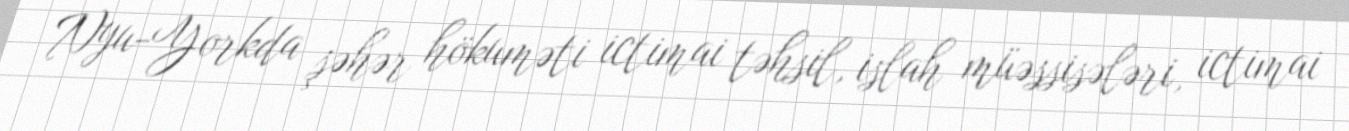
Nyu-Yorkda şəhər hökuməti ictimai təhsil, islah müəssisələri, ictimai